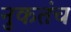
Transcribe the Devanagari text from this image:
नुकतंच